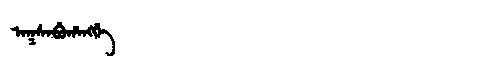
Manchu: ᠠᡴᠰᠠᠪᡠᡥᠠᠩᡤᡝ
Romanization: AKSABUHANGGE